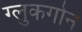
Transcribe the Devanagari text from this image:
ग्लुकगोन